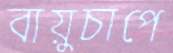
বায়ুচাপে